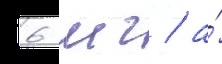
6 мг / а́